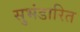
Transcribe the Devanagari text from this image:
सुभंडारित